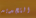
التجديد